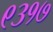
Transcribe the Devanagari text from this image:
९३१७